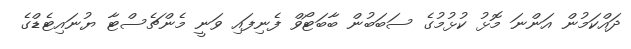
ދައްކަމުން އަންނަ މޮޅު ކުޅުމުގެ ސަބަބުން ބާބަޓޯވް ފެނިފައި ވަނީ މެންޗެސްޓާ ޔުނައިޓެޑްގެ